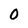
Character: 0